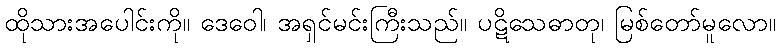
ထိုသားအပေါင်းကို။ ဒေဝေါ၊ အရှင်မင်းကြီးသည်။ ပဋိသေဓာတု၊ မြစ်တော်မူလော။